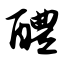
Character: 醴